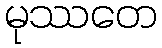
မုဿတေ